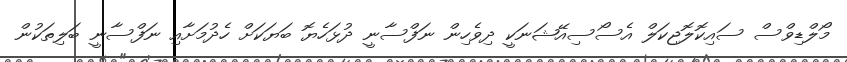
މޯލްޑިވްސް ސައިކޮލޮޖިކަލް އެސޯސިއޭޝަނަކީ ދިވެހިން ނަފްސާނީ ދުޅަހެޔޮ ބަޔަކަށް ހެދުމަށާއި ނަފްސާނީ ބަލިތަކުން